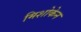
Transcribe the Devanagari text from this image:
मिशोकेन